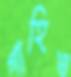
গাহিও